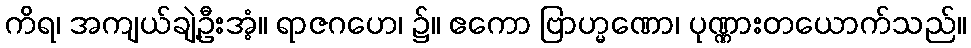
ကိရ၊ အကျယ်ချဲ့ဦးအံ့။ ရာဇဂဟေ၊ ၌။ ဧကော ဗြာဟ္မဏော၊ ပုဏ္ဏားတယောက်သည်။